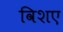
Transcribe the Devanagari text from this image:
विशए